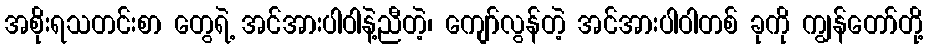
အစိုးရသတင်းစာ တွေရဲ့ အင်အားပါဝါနဲ့ညီတဲ့၊ ကျော်လွန်တဲ့ အင်အားပါဝါတစ် ခုကို ကျွန်တော်တို့